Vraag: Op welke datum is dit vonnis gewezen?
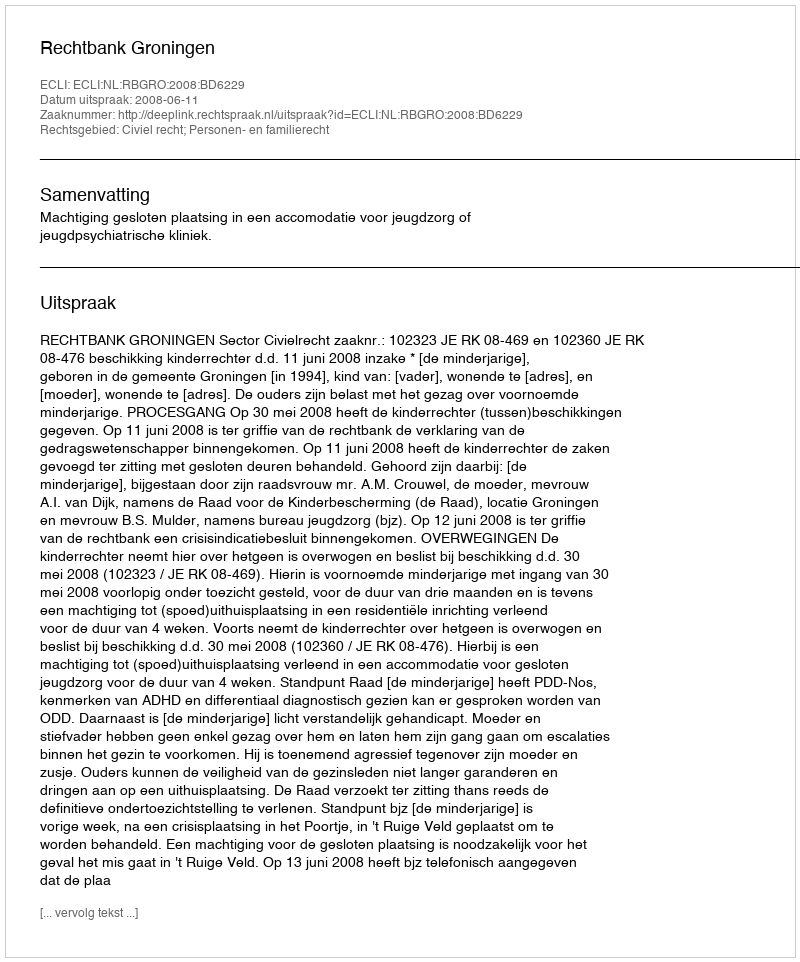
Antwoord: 2008-06-11